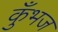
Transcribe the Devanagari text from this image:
कुँभज